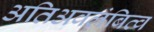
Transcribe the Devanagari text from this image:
अतिअवलंबित्व